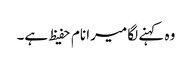
وہ کہنے لگا میرا نام حفیظ ہے۔